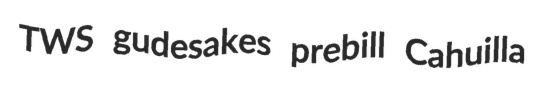
TWS gudesakes prebill Cahuilla